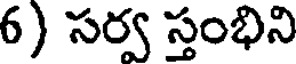
6) సర్వ స్తంభిని